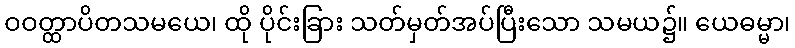
ဝဝတ္ထာပိတသမယေ၊ ထို ပိုင်းခြား သတ်မှတ်အပ်ပြီးသော သမယ၌။ ယေဓမ္မာ၊